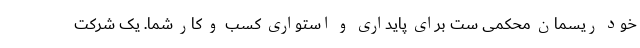
خود ریسمان محکمی ست برای پایداری و استواری کسب و کار شما. یک شرکت